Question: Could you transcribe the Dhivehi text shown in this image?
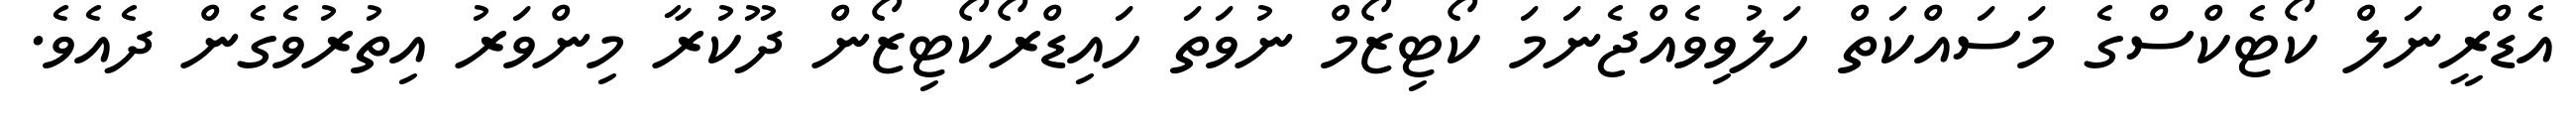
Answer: އެޑްރީނަލް ކޯޓެކްސްގެ މަސައްކަތް ހަލުވިވެއްޖެނަމަ ކޯޓިޒޯމް ނުވަތަ ހައިޑްރޯކޯޓިޒޯން ދޫކުރާ މިންވަރު އިތުރުވެގެން ދެއެވެ.